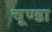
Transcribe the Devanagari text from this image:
चूण्डा